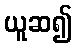
ယူဆ၍